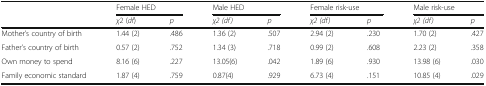
| <ROWSPAN=2>  | <COLSPAN=2> Female HED | <COLSPAN=2> Male HED | <COLSPAN=2> Female risk-use | <COLSPAN=2> Male risk-use |
 | χ2 (df) | p | χ2 (df) | p | χ2 (df) | p | χ2 (df) | p |
 | --- | --- | --- | --- | --- | --- | --- | --- | --- |
 | Mother’s country of birth | 1.44 (2) | .486 | 1.36 (2) | .507 | 2.94 (2) | .230 | 1.70 (2) | .427 |
 | Father’s country of birth | 0.57 (2) | .752 | 1.34 (3) | .718 | 0.99 (2) | .608 | 2.23 (2) | .358 |
 | Own money to spend | 8.16 (6) | .227 | 13.05(6) | .042 | 1.89 (6) | .930 | 13.98 (6) | .030 |
 | Family economic standard | 1.87 (4) | .759 | 0.87(4) | .929 | 6.73 (4) | .151 | 10.85 (4) | .029 |